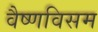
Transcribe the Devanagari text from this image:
वैष्णविसम